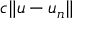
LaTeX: c \| u - u _ { n } \|